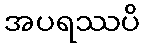
အပရဿပိ